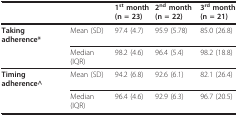
<table><thead><tr><td></td><td></td><td><b>1<sup>st </sup>month(n = 23)</b></td><td><b>2<sup>nd </sup>month (n = 22)</b></td><td><b>3<sup>rd </sup>month(n = 21)</b></td></tr></thead><tbody><tr><td><b>Taking adherence*</b></td><td>Mean (SD)</td><td>97.4 (4.7)</td><td>95.9 (5.78)</td><td>85.0 (26.8)</td></tr><tr><td></td><td>Median (IQR)</td><td>98.2 (4.6)</td><td>96.4 (5.4)</td><td>98.2 (18.8)</td></tr><tr><td><b>Timing adherence^</b></td><td>Mean (SD)</td><td>94.2 (6.8)</td><td>92.6 (6.1)</td><td>82.1 (26.4)</td></tr><tr><td></td><td>Median (IQR)</td><td>96.4 (4.6)</td><td>92.9 (6.3)</td><td>96.7 (20.5)</td></tr></tbody></table>